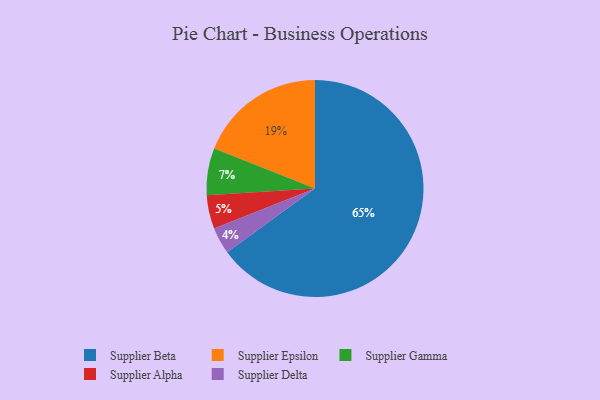
{"axis": {"x": "Category", "y": "Percentage"}, "legend": ["Supplier Alpha", "Supplier Beta", "Supplier Delta", "Supplier Epsilon", "Supplier Gamma"], "data": [{"x": "Supplier Delta", "y": 4, "type": "Supplier Delta"}, {"x": "Supplier Beta", "y": 65, "type": "Supplier Beta"}, {"x": "Supplier Gamma", "y": 7, "type": "Supplier Gamma"}, {"x": "Supplier Alpha", "y": 5, "type": "Supplier Alpha"}, {"x": "Supplier Epsilon", "y": 19, "type": "Supplier Epsilon"}]}